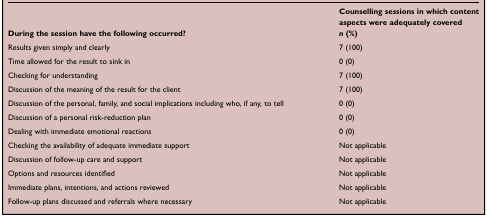
| During the session have the following occurred? | Counselling sessions in which content aspects were adequately coveredn (%) |
 | --- | --- |
 | Results given simply and clearly | 7 (100) |
 | Time allowed for the result to sink in | 0 (0) |
 | Checking for understanding | 7 (100) |
 | Discussion of the meaning of the result for the client | 7 (100) |
 | Discussion of the personal, family, and social implications including who, if any, to tell | 0 (0) |
 | Discussion of a personal risk-reduction plan | 0 (0) |
 | Dealing with immediate emotional reactions | 0 (0) |
 | Checking the availability of adequate immediate support | Not applicable |
 | Discussion of follow-up care and support | Not applicable |
 | Options and resources identified | Not applicable |
 | Immediate plans, intentions, and actions reviewed | Not applicable |
 | Follow-up plans discussed and referrals where necessary | Not applicable |